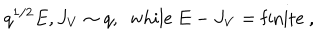
LaTeX: q ^ { 1 / 2 } E , J _ { V } \sim q , ~ ~ \mathrm { w h i l e } ~ E - J _ { V } = \mathrm { f i n i t e } \ ,